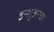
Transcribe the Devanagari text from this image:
इन्‍शुअरचा